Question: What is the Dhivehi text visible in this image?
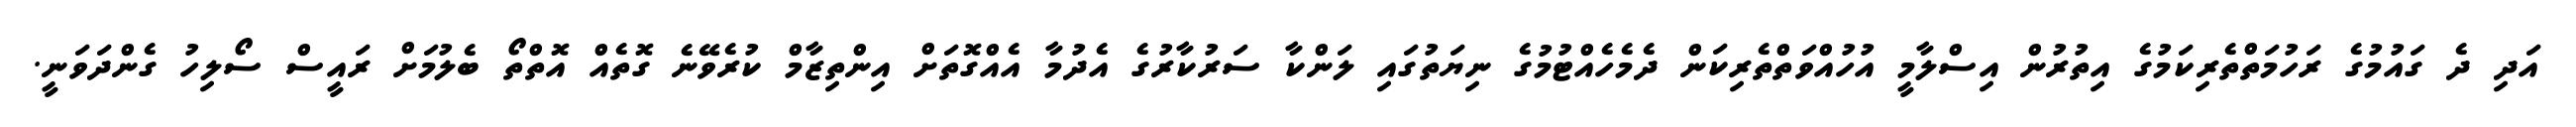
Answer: އަދި ދެ ގައުމުގެ ރަހުމަތްތެރިކަމުގެ އިތުރުން އިސްލާމީ އުހުއްވަތްތެރިކަން ދެމެހެއްޓުމުގެ ނިޔަތުގައި ލަންކާ ސަރުކާރުގެ އެދުމާ އެއްގޮތަށް އިންތިޒާމް ކުރެވޭނެ ގޮތެއް އޮތްތޯ ބެލުމަށް ރައީސް ސޯލިހު ގެންދަވަނީ.